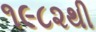
૧૯૮૨થી